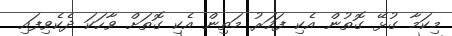
މިކަމާ ގުޅޭ ގޮތުން އެކި ފަހަރު މަތިން އެކި ގޮތަށް ވާހަކަ ދެކެވިފައި